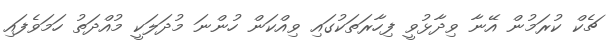
ޗެކް ކުރަމުން އޭނާ ވިދާޅުވީ ފިހާރަތަކުގައި ވިއްކަން ހުންނަ މުދަލަކީ މުއްދަތު ހަމަވެފައި